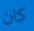
كان